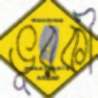
ভূরকী